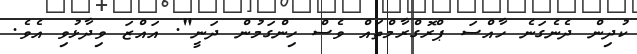
ކުދިން ދެނެގަނެ ހާއްސަ ޕްރޮގްރާމްތައް ވެސް ހިންގަމުން ދަނީ". އައްޒަ ވިދާޅުވި އެވެ.